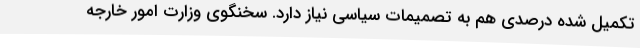
تکمیل شده درصدی هم به تصمیمات سیاسی نیاز دارد. سخنگوی وزارت امور خارجه